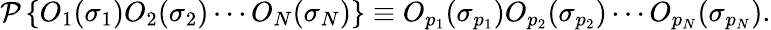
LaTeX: {\mathcal{P}}\left\{ O_{1}(\sigma_{1})O_{2}(\sigma_{2})\cdots O_{N}(\sigma_{N})\right\} \equiv O_{p_{1}}(\sigma_{p_{1}})O_{p_{2}}(\sigma_{p_{2}})\cdots O_{p_{N}}(\sigma_{p_{N}}).